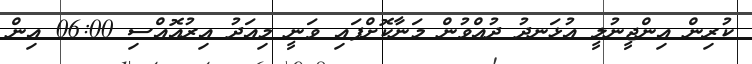
ކުރިން އިންޖީނުލީ އުޅަނދު ދުއްވުން މަނާކޮށްފައި ވަނީ މިއަދު އިރުއޮއްސި 06:00 އިން